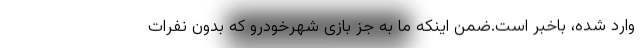
وارد شده، باخبر است.ضمن اینکه ما به جز بازی شهرخودرو که بدون نفرات